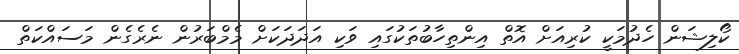
ކޯލިޝަން ހެދުމަކީ ކުރިއަށް އޮތް އިންތިހާބުތަކުގައި ވަކި އަދަދަކަށް މެމްބަރުން ނެރެގެން މަސައްކަތް